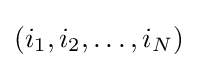
(i_{1},i_{2},\ldots ,i_{N})